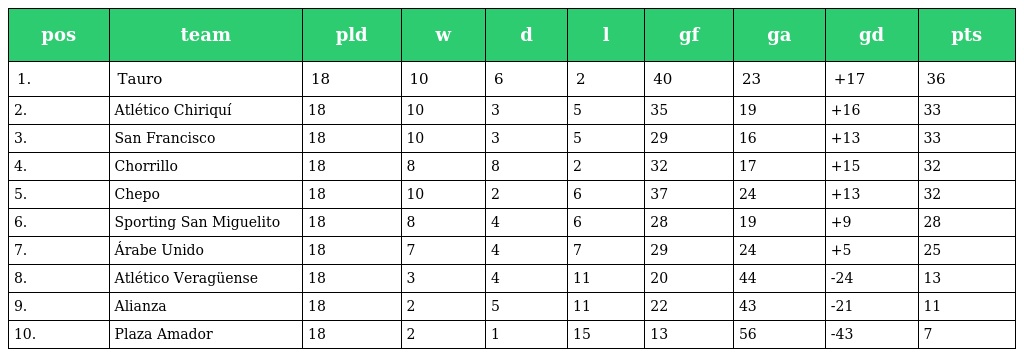
| pos | team | pld | w | d | l | gf | ga | gd | pts |
 | --- | --- | --- | --- | --- | --- | --- | --- | --- | --- |
 | 1. | Tauro | 18 | 10 | 6 | 2 | 40 | 23 | +17 | 36 |
 | 2. | Atlético Chiriquí | 18 | 10 | 3 | 5 | 35 | 19 | +16 | 33 |
 | 3. | San Francisco | 18 | 10 | 3 | 5 | 29 | 16 | +13 | 33 |
 | 4. | Chorrillo | 18 | 8 | 8 | 2 | 32 | 17 | +15 | 32 |
 | 5. | Chepo | 18 | 10 | 2 | 6 | 37 | 24 | +13 | 32 |
 | 6. | Sporting San Miguelito | 18 | 8 | 4 | 6 | 28 | 19 | +9 | 28 |
 | 7. | Árabe Unido | 18 | 7 | 4 | 7 | 29 | 24 | +5 | 25 |
 | 8. | Atlético Veragüense | 18 | 3 | 4 | 11 | 20 | 44 | -24 | 13 |
 | 9. | Alianza | 18 | 2 | 5 | 11 | 22 | 43 | -21 | 11 |
 | 10. | Plaza Amador | 18 | 2 | 1 | 15 | 13 | 56 | -43 | 7 |